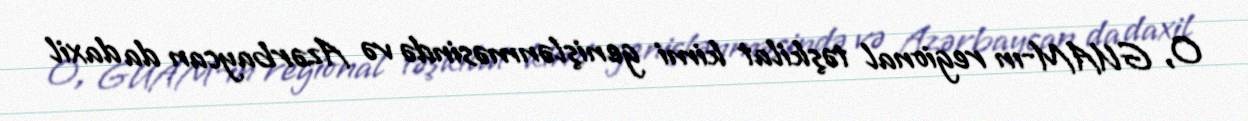
O, GUAM-ın regional təşkilat kimi genişlənməsində və Azərbaycan da daxil